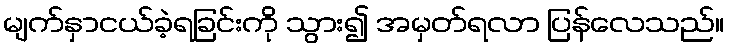
မျက်နှာငယ်ခဲ့ရခြင်းကို သွား၍ အမှတ်ရလာ ပြန်လေသည်။